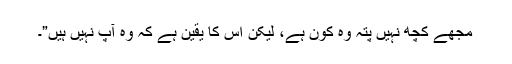
مجھے کچھ نہیں پتہ وہ کون ہے، لیکن اس کا یقین ہے کہ وہ آپ نہیں ہیں”۔